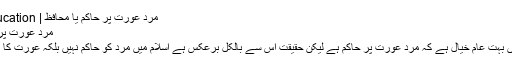
مرد عورت پر حاکم یا محافظ | Islamic Education
مرد عورت پر حاکم یا محافظ
یہ مسلمانوں میں بہت عام خیال ہے کہ مرد عورت پر حاکم ہے لیکن حقیقت اس سے بالکل برعکس ہے اسلام میں مرد کو حاکم نہیں بلکہ عورت کا محافظ بنایا ہے۔